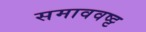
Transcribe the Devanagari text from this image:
समाववष्ट्ट